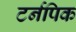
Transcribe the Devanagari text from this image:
टर्नपिक